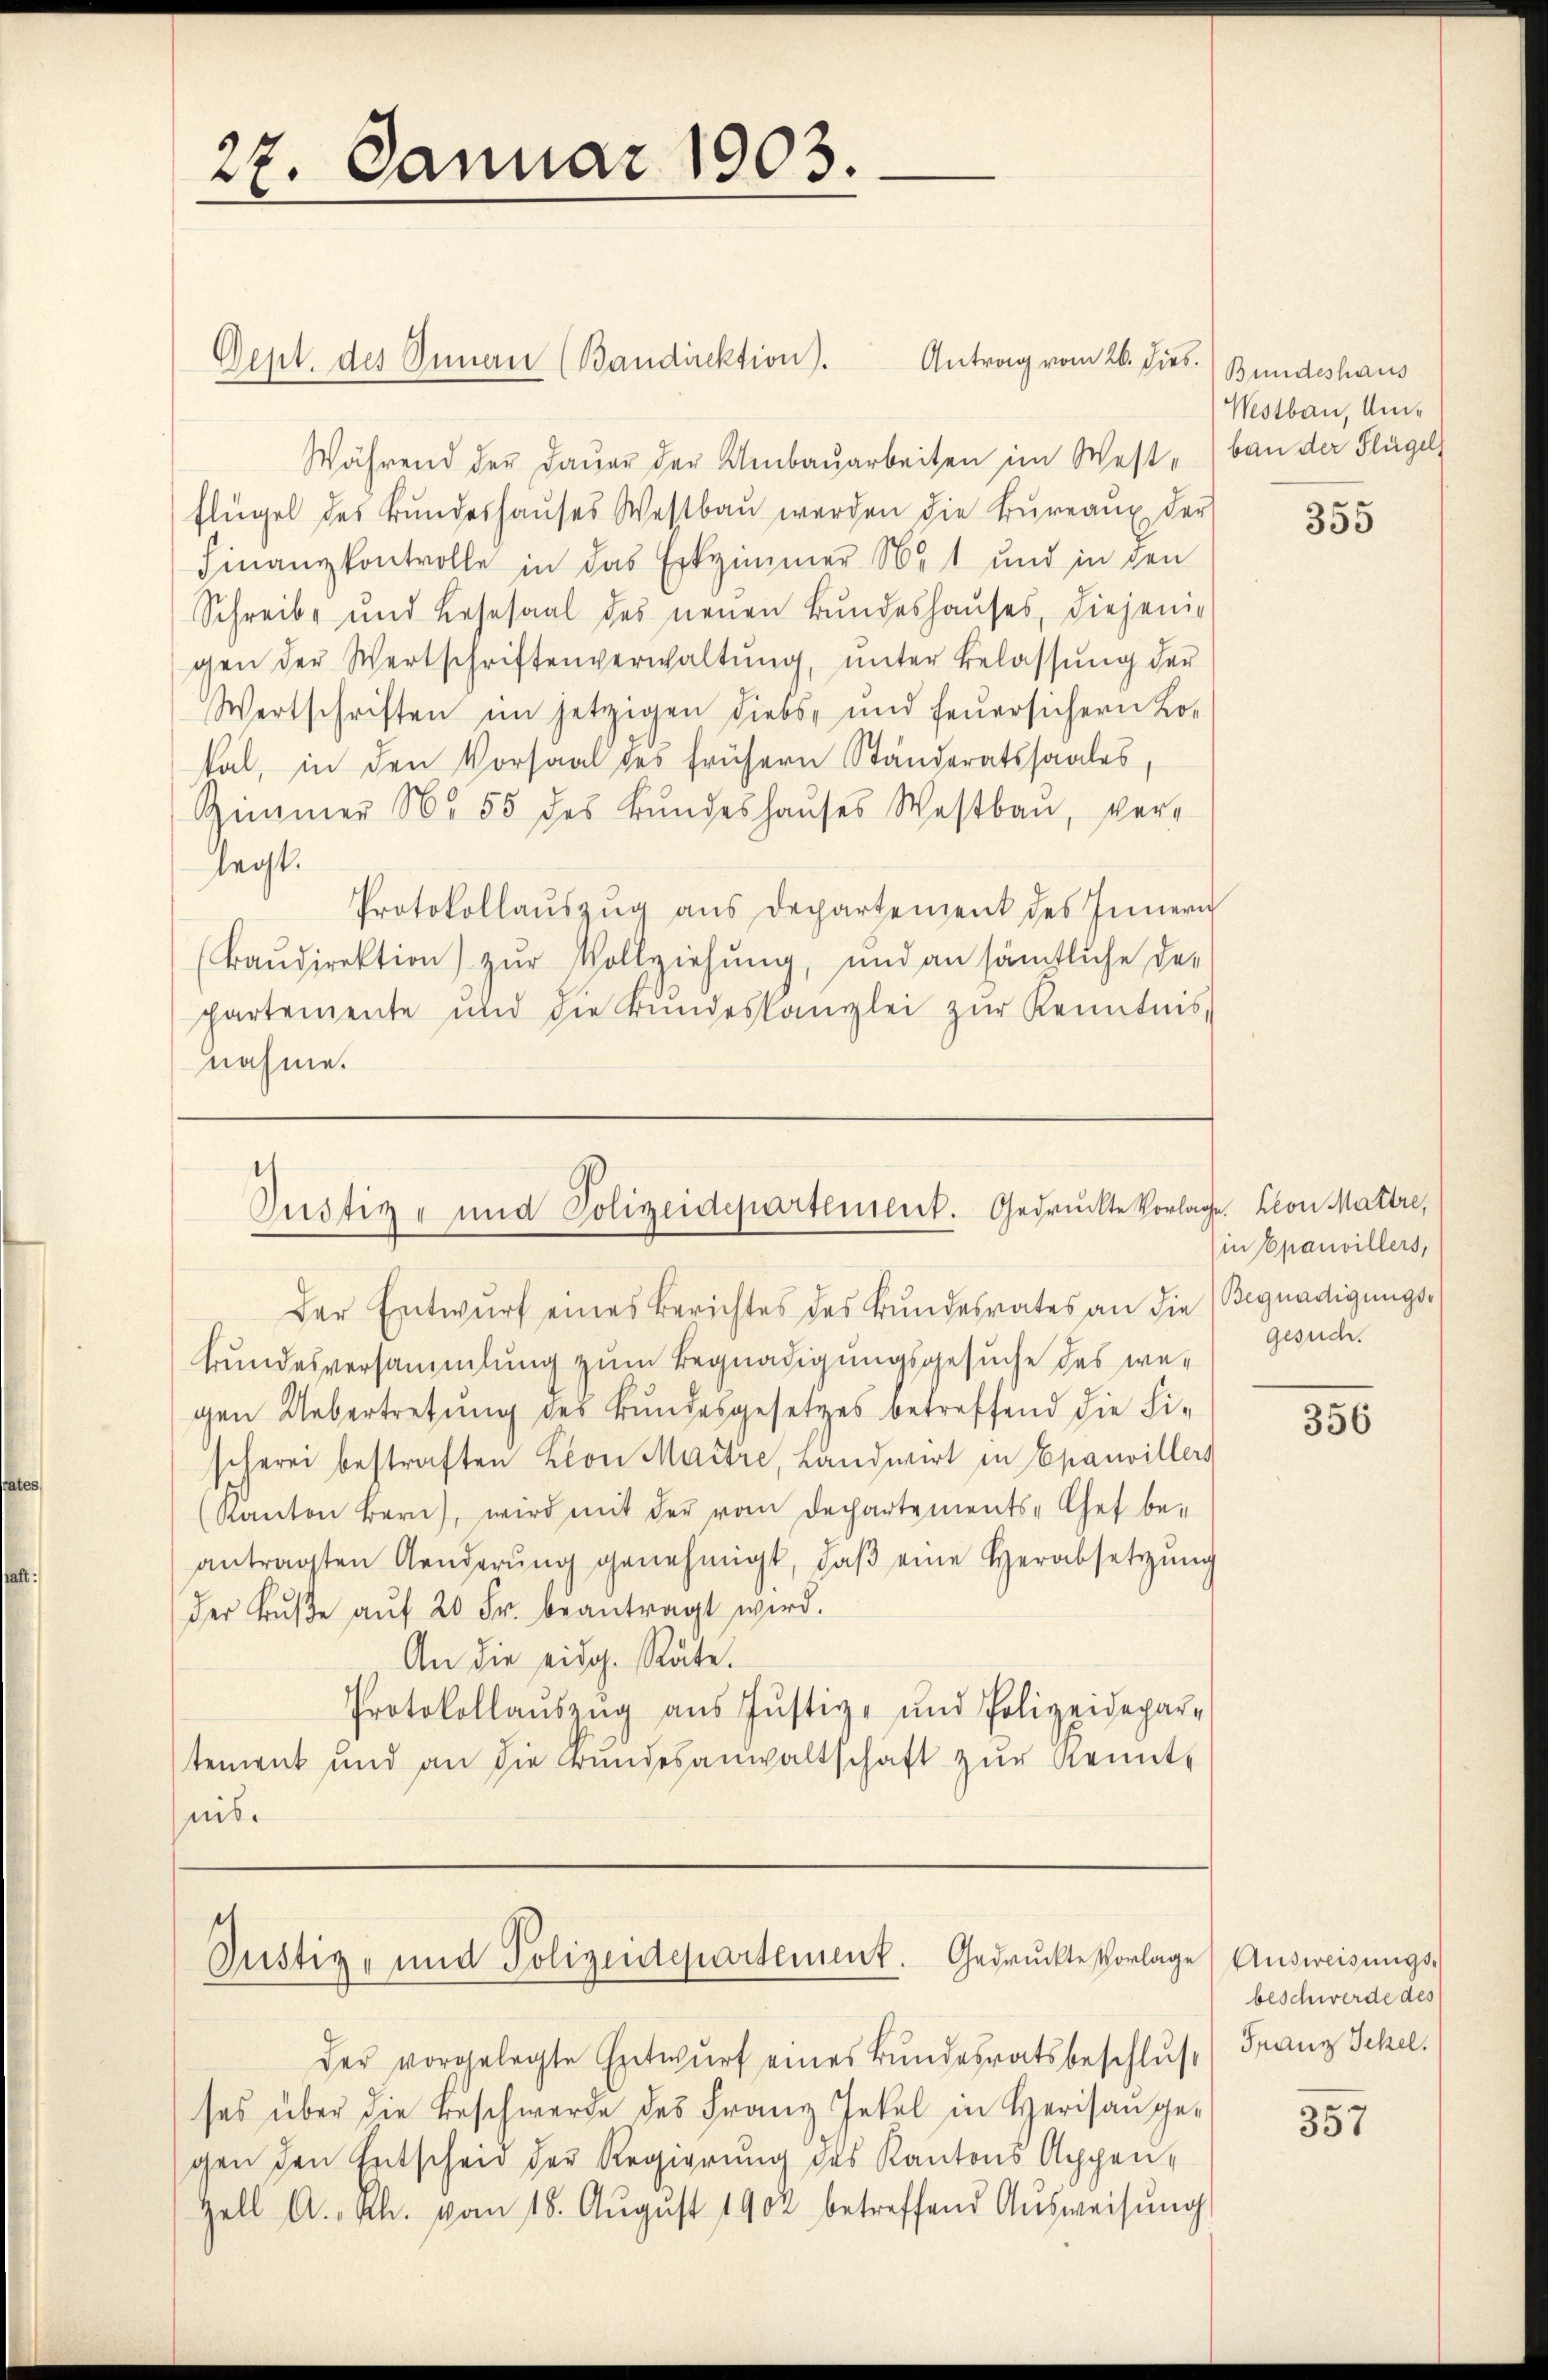
27. Januar 1903.

Antrag vom 26. dies
Dept. des Innau (Bandirektion).
Während der Dauer der Umbaŭarbeiten im West ban der Flügel
flügel des Bŭndeshaŭses Westbaŭ werden die Büreaux der
Finanzkontrolle in das Erkzimmer N. 1 und in den
Schreibe und Losesaal des neŭen Bŭndeshauses, diejenig
gen der Wertschriftenverwaltŭng, unter Belassŭng der
Wertschriften im jetzigen Diebs- und feuersichern Lo-
fal, in den Vorsaal des frühern Ständeratssaales,
Zimmer N. 55 des Bŭndeshaŭses Westbaŭ, ver-
legt.
Protokollaŭszŭg ans Departement des Innern
Baudirektion) zur Vollziehung, und an sämtliche de-
partemente und die Bŭndeskanzlei zŭr Kenntnis
nahme.

.
Justiz- und Polizeidepartement. Gedruckte Vorlage. Leon Mattre,

e
Justiz- und Polizeidepartement. Gedruckte Vorlage Aŭsweisŭngs-

Bundeshaus
Westbau, Um¬

Der Entwŭrf eines Berichtes des Bundesrates an die Begnadigungs-
Bundesversammlung zum Begnadigungsgesuche des wegen Uebertretung des Bundesgesetzes betreffend die Fi-
scherei bestraften Kron Maitre, Landwirt in Epauvillers
Kanton Bern, wird mit der vom Departements-Chef be-
antragten Aenderŭng genehmigt, daβ eine Herabsetzŭng
der Bŭβe aŭf 20 Fr. beantragt wird.
An die eidg. Räte.
Protokollaŭszŭg aŭs Jŭstiz- und Polizeidepar-
tement und an die Bŭndesanwaltschaft zŭr Kennt-
nis.

der vorgelegte Entwŭrf eines Bundesratsbeschlus
ses über die Beschwerde des Franz Jekel in Herisangegen den Entscheid der Regierung des Kantons Appen¬
Zell A.-Rh. vom 18. Aŭgŭst 1902 betreffend Aŭsweisŭng

355

in Epanvillers,
gesuch.

356

beschwerde des
Franz Ickel.

357